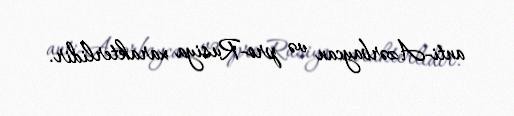
anti-Azərbaycan və pro-Rusiya xarakterlidir.